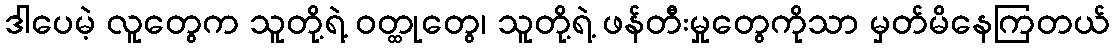
ဒါပေမဲ့ လူတွေက သူတို့ရဲ့ ဝတ္ထုတွေ၊ သူတို့ရဲ့ ဖန်တီးမှုတွေကိုသာ မှတ်မိနေကြတယ်